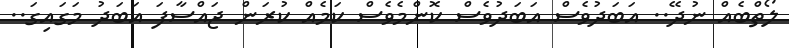
ލޯތްބެއް ނުދޭ.. އަބަދުވެސް އަބަދުވެސް ކޮންމެވެސް ކަމެއް ކުރަން ޖައްސާފަ އަބަދު މަގައިގަ..